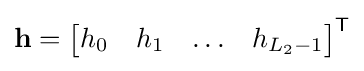
\mathbf {h} ={\begin{bmatrix}h_{0}&h_{1}&\ldots &h_{L_{2}-1}\end{bmatrix}}^{\textsf {T}}